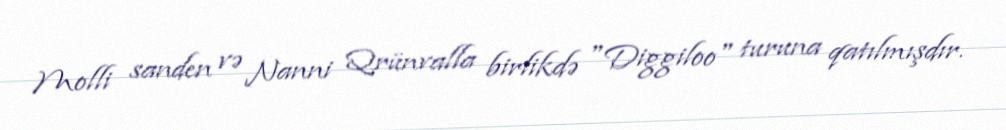
Molli sanden və Nanni Qrünvalla birlikdə "Diggiloo" turuna qatılmışdır.